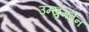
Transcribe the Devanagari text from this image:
उम्खुमबेन